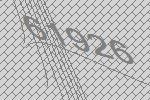
61926